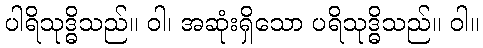
ပါရိသုဒ္ဓိသည်။ ဝါ၊ အဆုံးရှိသော ပရိသုဒ္ဓိသည်။ ဝါ။